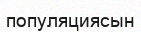
популяциясын